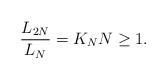
LaTeX: \begin{align*} \frac{L_{2N}}{L_N} = K_N N \geq 1.\end{align*}